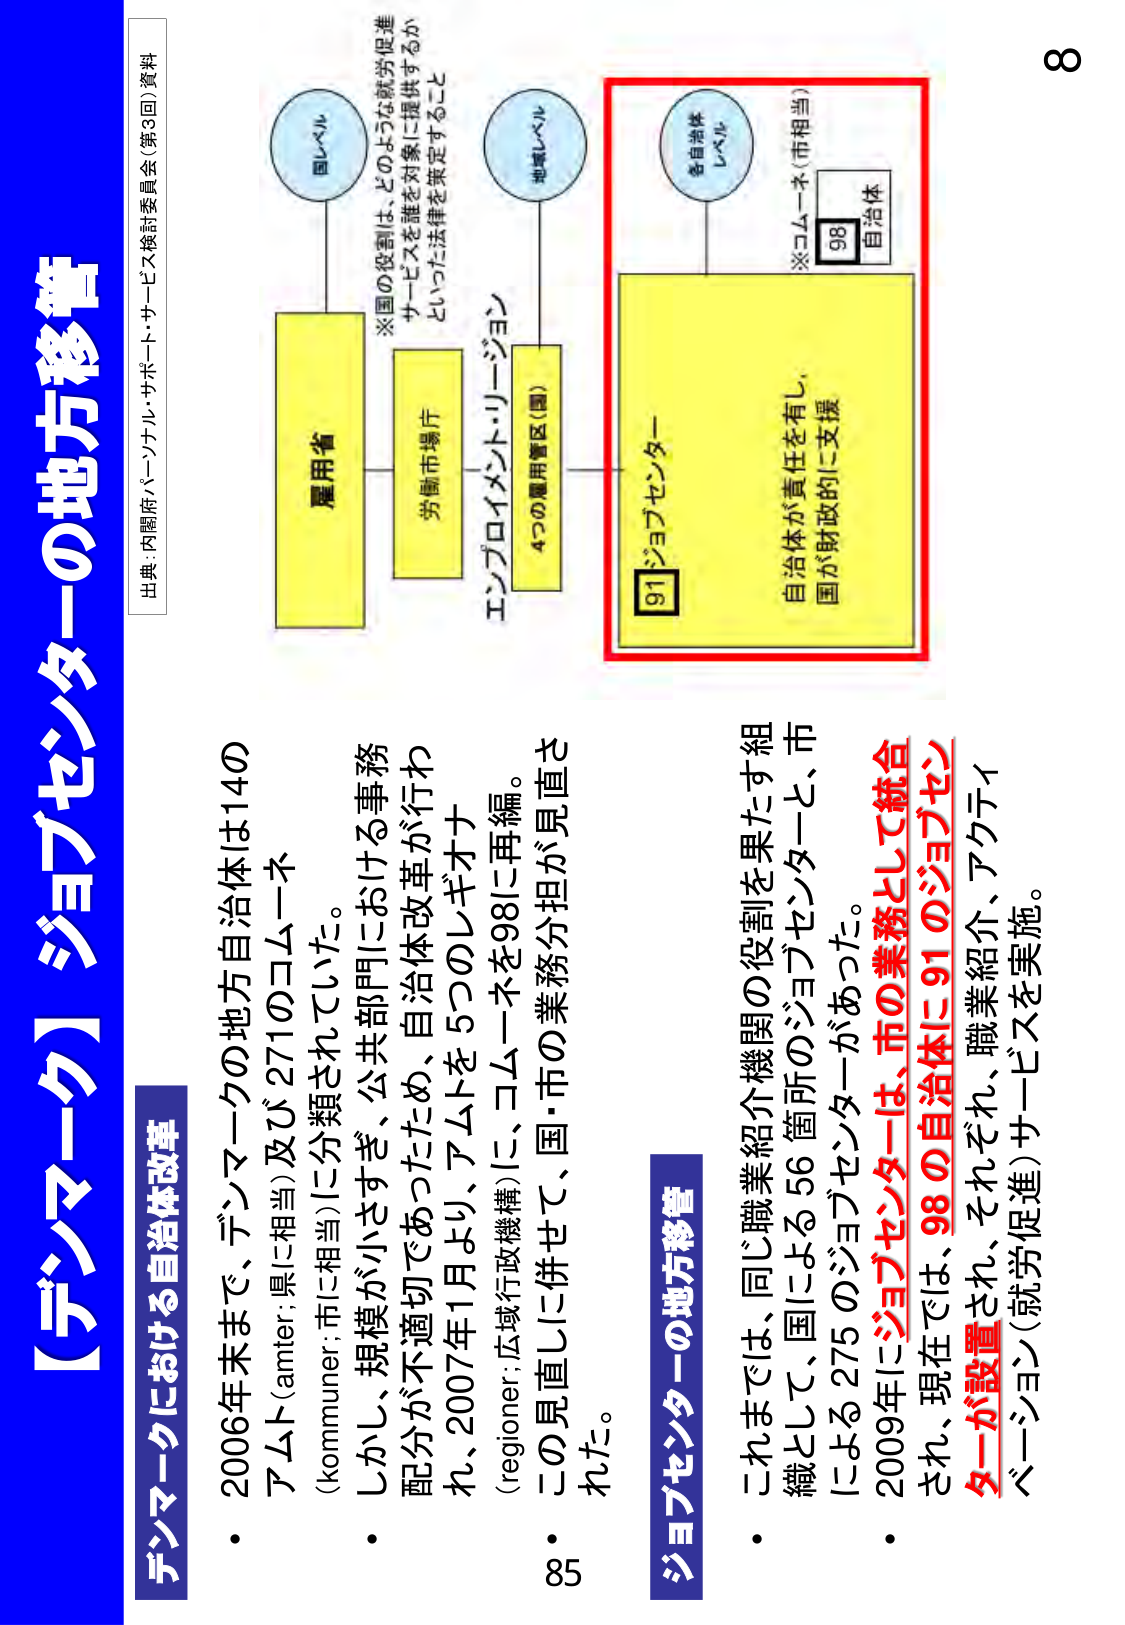
【デンマーク】ジョブセンターの地方移管

デンマークにおける自治体改革

・2006年末まで、デンマークの地方自治体は14のアムト（amter, 県に相当）及び271のコムーネ（kommuner, 市に相当）に分類されていた。
・しかし、規模が小さすぎ、公共部門における事務配分が不適切であったため、自治体改革が行われ、2007年1月より、アムトを5つのレギオナ（regioner, 広域行政機構）に、コムーネを98に再編。
・この見直しに併せて、国・市の業務分担が見直された。

ジョブセンターの地方移管

・これまで、同じ職業紹介機関の役割を果たす組織として、国による56箇所のジョブセンターと、市による275のジョブセンターがあった。
・2009年にジョブセンターは、市の業務として統合され、現在では、98の自治体に91のジョブセンターが設置され、それぞれ、職業紹介、アクティベーション（就労促進）サービスを実施。

出典：内閣府パーソナル・サポート・サービス検討委員会（第3回）資料

国レベル
雇用省
※国の役割は、どのような就労促進サービスを誰を対象に提供するかといった法律を策定すること

地域レベル
労働市場庁
エンプロイメント・リージョン
4つの雇用管区（国）

各自治体レベル
91 ジョブセンター
自治体が責任を有し、国が財政的に支援
※コムーネ（市相当）
98 自治体

8